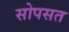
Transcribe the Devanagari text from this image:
सोपसत